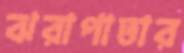
ঝরাপাতার